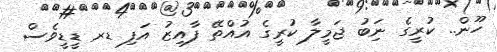
ހޫން.. ކުރީގެ ނަަިބު ޖަމީލާ ކުރީގެ އުއްތޭ ފާއިޒު އަފި ޑރ ޑީޑީވެސް